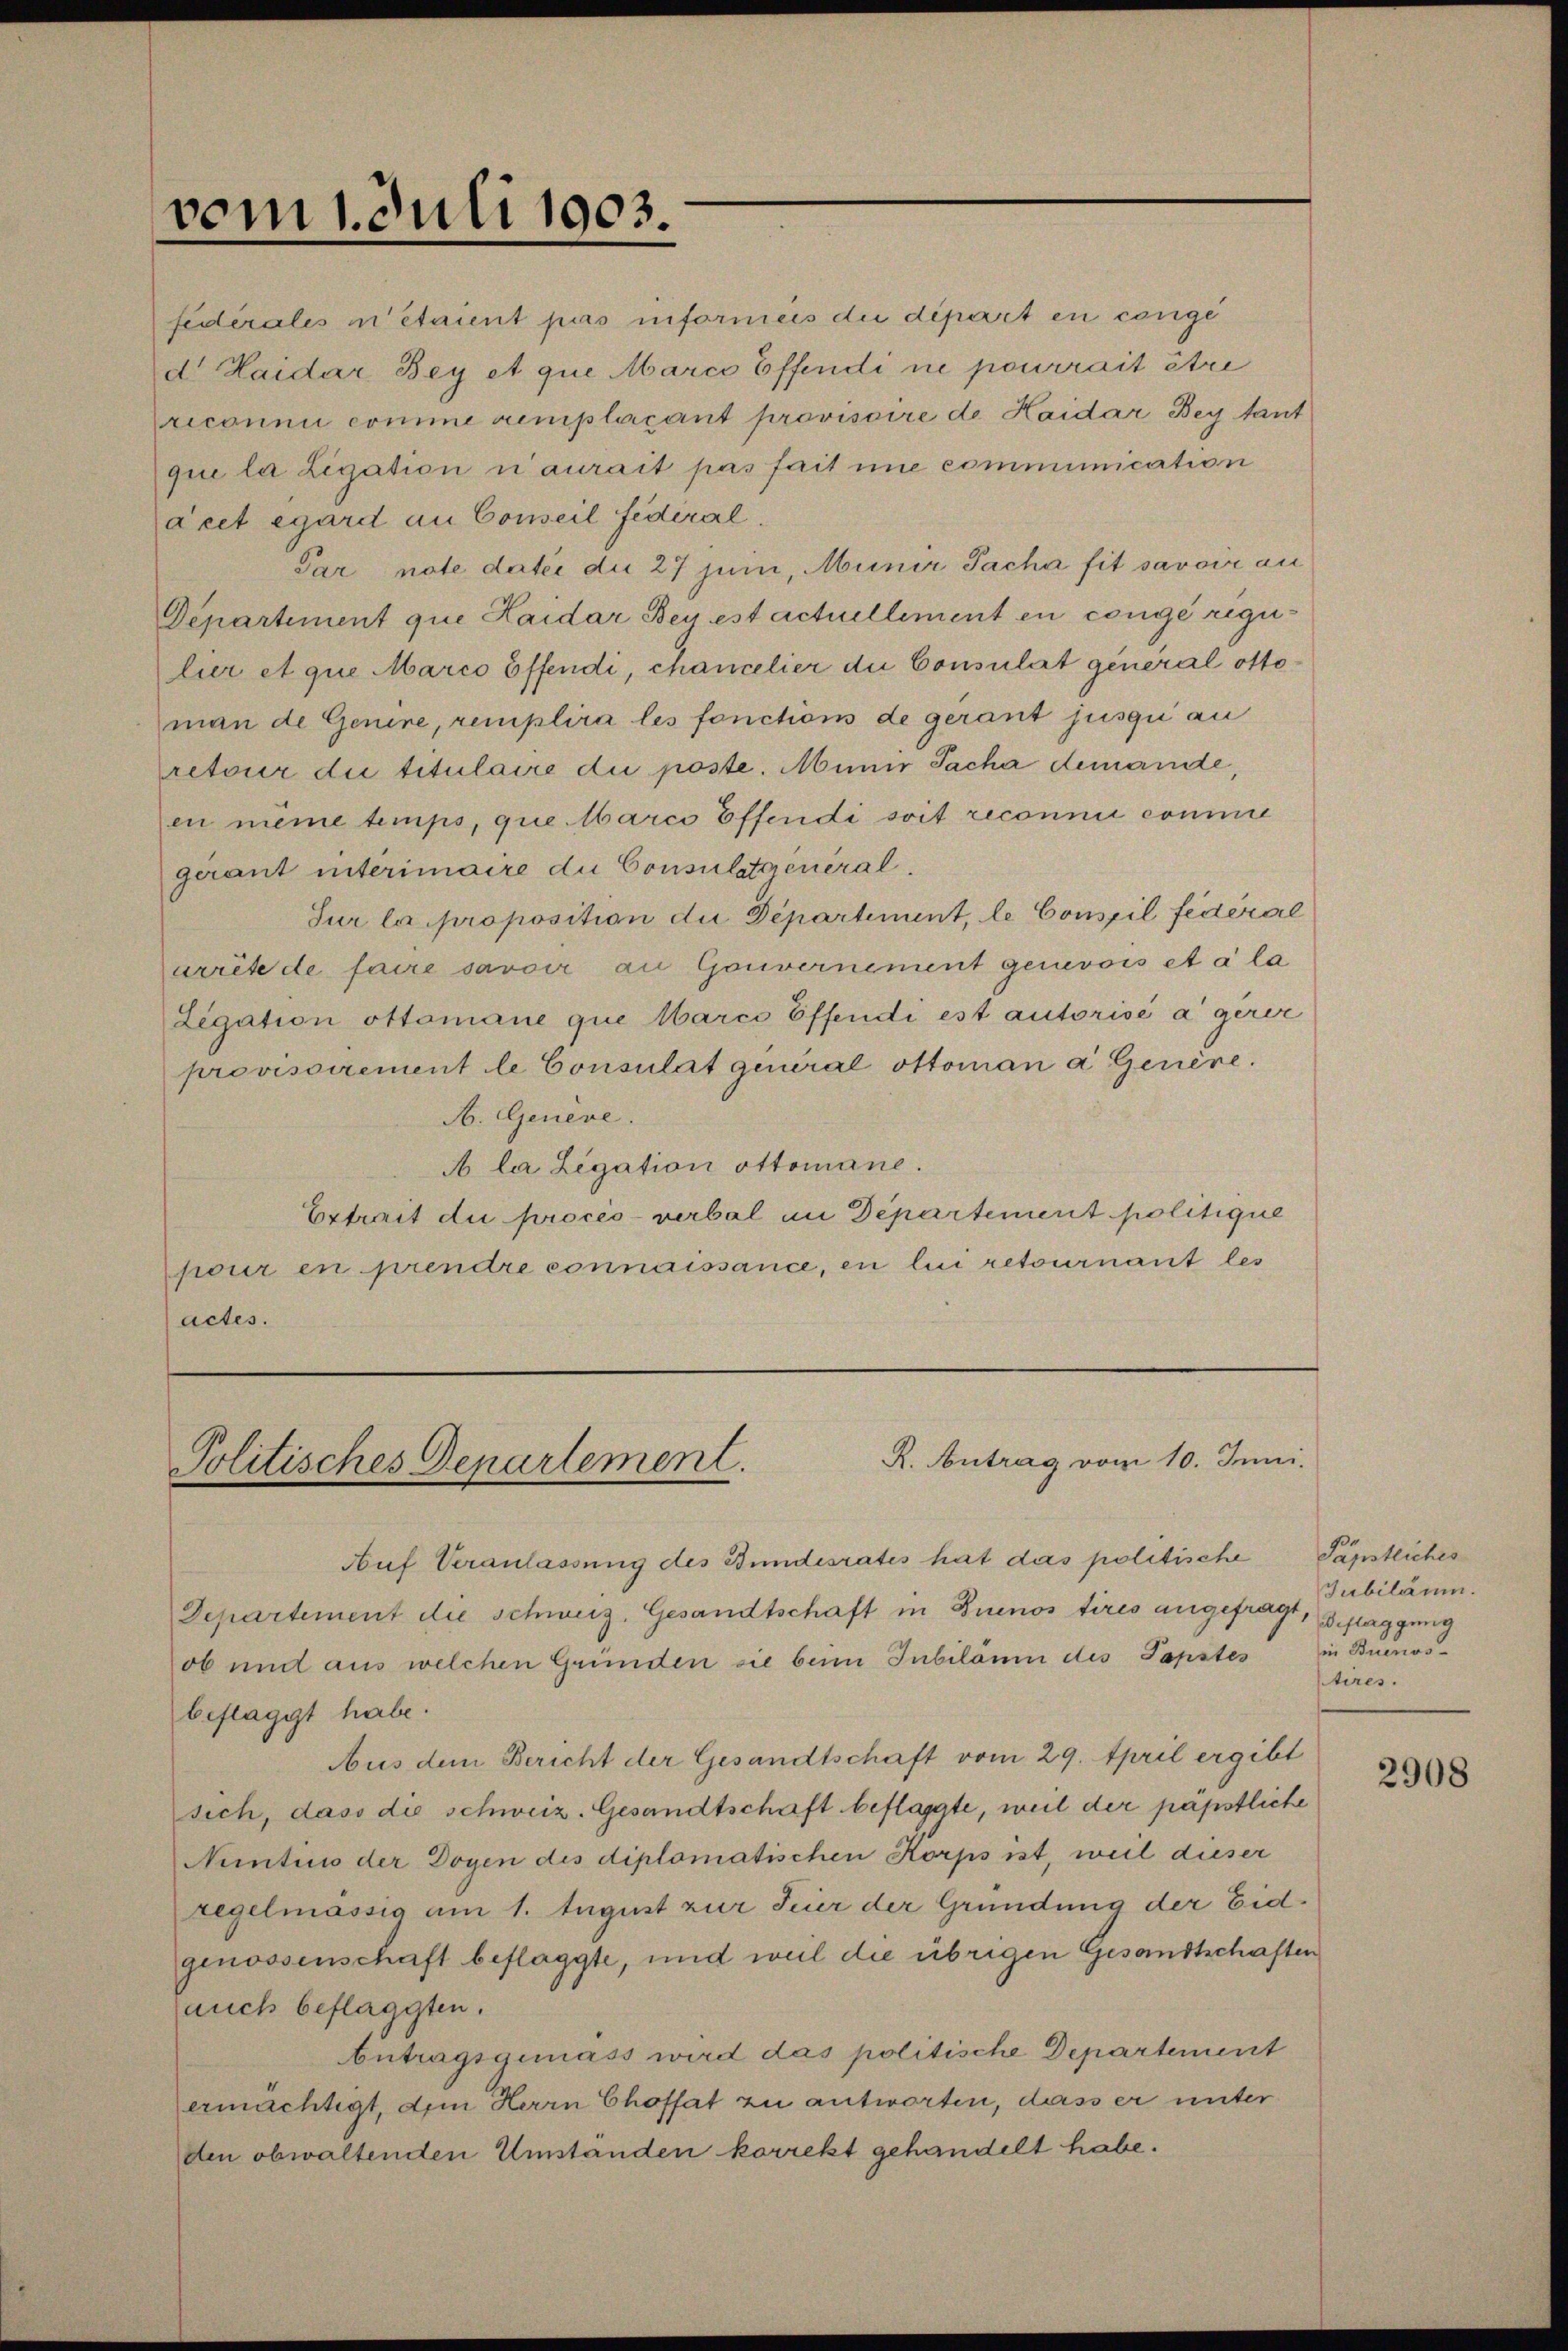
vom 1. Juli 1903.

federales in étaient pas informes die dipost en congi
d. Haider Bey et que Marco Effendi ne pourrait être
reconnu comme remplacant provisoire de Haider Bey tant
quie la Ligation n’aurait pas fait une communication
ácet égard an Conseil fédéral,
Par nate datie die 27 juni, Munir Sache sit savoir au
Departement que Haider Bey est actuellement en congé rigulier et que Marco öffendi, chancelier die Consulat general ottoman de Genere, remplira les fonctions de gerant jusqui au
retour die titulaire die poste. Minis Sache demandte,
en meine temps, que Marco Effendi soit reconnu comme
gerant interimaire die Consulatgeneral-
Sur la proposition die Departement, le Conseil fédéral
arrête de faire savoir an Gouvernement genevois et à la
Legation ottomane que Marco Effendi est autorisé à gérer
provisoirement le Consulat general ottoman a Genère.
A. Genere.
A la Legation ottomane.
Extrait die procès-verbal im Departement politique
pour en prendre connaissance, en lui retournant les
actes.

R. Antrag vom 10. Juni.
Politisches Departement.

Auf Veranlassung des Bundesrates hat das politische
Departement die schweiz. Gesandtschaft in Buenos tirés angefragt, deflaggung
ob und aus welchen Gründen sie beim Jubiläum des Papstes
beflaggt habe.
Aus dem Bericht der Gesandtschaft vom 29. April ergibt
sich, dass die schweiz. Gesandtschaft beflaggte, weil der päpstliche
Nuntius der Doyen des diplomatischen Korps ist, weil dieser
regelmässig am 1. August zur Feier der Gründung der Eidgenossenschaft beflaggte, und weil die übrigen Gesandtschaften
auch beflaggten.
betragsgemäss wird das politische Departement
ermächtigt, dem Herrn Choffat zu antworten, dass er unter
den obwaltenden Umständen korrekt gehandelt habe.

Päpstliches
Jubiläum.
in Buenos-
tires.

2908